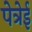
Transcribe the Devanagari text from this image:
पेत्रेई